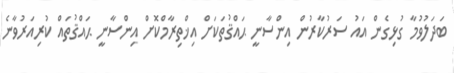
ބަދަލުވުމާ ގުޅިގެން އައު ސަރުކާރުން އިންސާނީ ޙައްޤުތަކަށް އިޚްތިރާމްކޮށް އިންސާނީ ޙައްޤުތައް ކުރިއަރުވާނެ